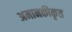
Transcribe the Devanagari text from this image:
अमानकीकृत